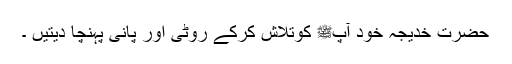
حضرت خدیجہؓ خود آپﷺ کوتلاش کرکے روٹی اور پانی پہنچا دیتیں ۔